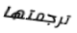
ترجمتها